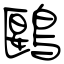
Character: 鶠